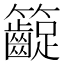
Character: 𥸛